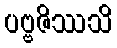
ပဗ္ဗဇိဿသိ